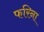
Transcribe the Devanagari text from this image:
फरिना